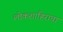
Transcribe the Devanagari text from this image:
लोकशाहिराचा